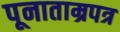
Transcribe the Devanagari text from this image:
पूनाताम्रपत्र